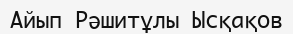
Айып Рәшитұлы Ысқақов